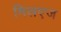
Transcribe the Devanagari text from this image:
मिलएज